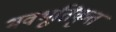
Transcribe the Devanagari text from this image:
भवभूतिकृत